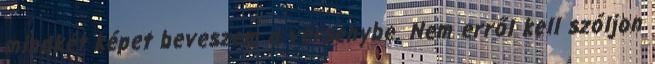
mindkét képet beveszem a versenybe. Nem erről kell szóljon